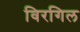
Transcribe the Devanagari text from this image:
विरगिल